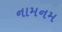
નામનમ